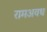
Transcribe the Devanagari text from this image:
रामअवध